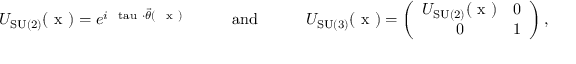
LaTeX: U _ { \mathrm { S U ( 2 ) } } ( \mathrm { \boldmath ~ x ~ } ) = e ^ { i \mathrm { \boldmath ~ \scriptstyle \ t a u ~ } \cdot \vec { \theta } ( \mathrm { \boldmath ~ { \scriptstyle ~ x } ~ } ) } \quad \quad \quad \mathrm { a n d } \quad \quad \quad U _ { \mathrm { S U ( 3 ) } } ( \mathrm { \boldmath ~ x ~ } ) = \left( \begin{array} { c c } { { U _ { \mathrm { S U ( 2 ) } } ( \mathrm { \boldmath ~ x ~ } ) } } & { { 0 } } \\ { { 0 } } & { { 1 } } \end{array} \right) ,